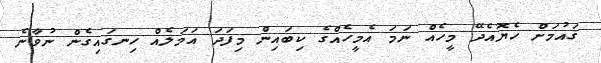
ޤައުމަށް ހެޔޮއެދޭ މީހެއް ނަމަ އެމީހެއްގެ ކިބައިން މިފަދަ އަމަލެއް ހިނގައިގެން ނުވާނެ